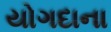
યોગદાના